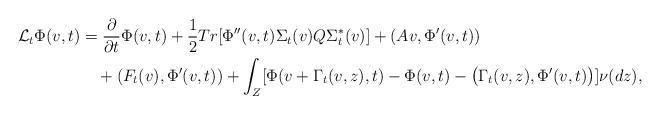
LaTeX: \begin{align*}\mathcal{L}_{t}\Phi(v,t)&=\frac{\partial}{\partial t}\Phi(v,t)+\frac{1}{2}Tr[\Phi''(v,t)\Sigma_{t}(v)Q\Sigma^{\ast}_{t}(v)]+(Av, \Phi'(v,t))\\&\quad+(F_{t}(v), \Phi'(v,t))+\int_{Z}[\Phi(v+\Gamma_{t}(v,z),t)-\Phi(v,t)-\big(\Gamma_{t}(v,z), \Phi'(v,t)\big)]\nu(dz),\end{align*}